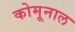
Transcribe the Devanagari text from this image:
कोमूनाल